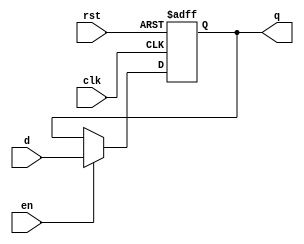
`timescale 1ns / 1ps
//////////////////////////////////////////////////////////////////////////////////
// Company: 
// Engineer: 
// 
// Design Name: 
// Module Name: flopenr
// Project Name: 
// Target Devices: 
// Tool Versions: 
// Description: 
// 
// Dependencies: 
// 
// Revision:
// Revision 0.01 - File Created
// Additional Comments:
// 
//////////////////////////////////////////////////////////////////////////////////


module flopenr #(parameter WIDTH=32)(
    input clk,rst,en,
    input [WIDTH-1:0] d,
    output reg [ WIDTH-1:0] q
);
    always @(posedge clk, posedge rst) begin
        if(rst) begin
            q <= 0;
        end
        else if(en) begin
            q <= d;
        end
        else begin
            q <= q;
        end
    end
endmodule